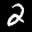
Label: 2